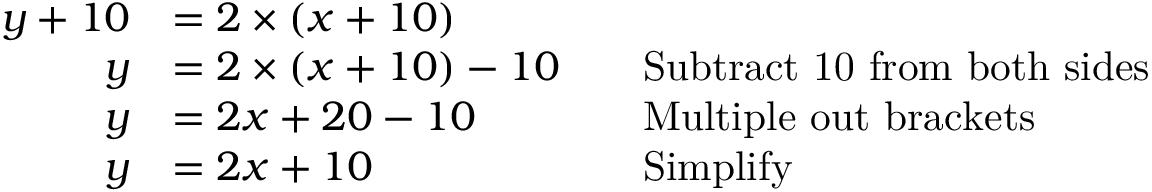
{ \begin{array} { r l r l } { y + 1 0 } & { = 2 \times ( x + 1 0 ) } \\ { y } & { = 2 \times ( x + 1 0 ) - 1 0 } & & { { \mathrm { S u b t r a c t ~ 1 0 ~ f r o m ~ b o t h ~ s i d e s } } } \\ { y } & { = 2 x + 2 0 - 1 0 } & & { { \mathrm { M u l t i p l e ~ o u t ~ b r a c k e t s } } } \\ { y } & { = 2 x + 1 0 } & & { { \mathrm { S i m p l i f y } } } \end{array} }